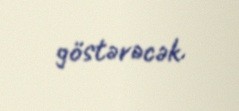
göstərəcək.